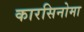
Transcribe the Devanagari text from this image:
कारसिनोमा